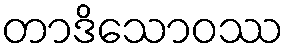
တာဒိသောဝဿ